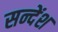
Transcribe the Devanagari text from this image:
सन्देंश